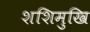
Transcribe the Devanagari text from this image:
शशिमुखि